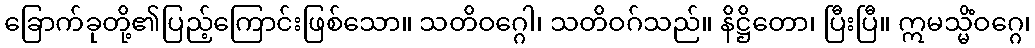
ခြောက်ခုတို့၏ပြည့်ကြောင်းဖြစ်သော။ သတိဝဂ္ဂေါ၊ သတိဝဂ်သည်။ နိဋ္ဌိတော၊ ပြီးပြီ။ ဣမသ္မိံဝဂ္ဂေ၊